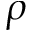
\rho